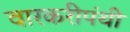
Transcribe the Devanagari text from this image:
वारकरीपंथी